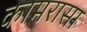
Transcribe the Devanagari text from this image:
कामरासा